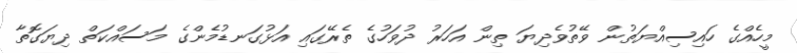
މީހެއްގެ ހައިސިއްޔަތުން ވޭތުވެދިޔަ ތިން އަހަރު ދުވަހުގެ ތެރޭގައި އަޅުގަނޑުމެންގެ މަސައްކަތް ދިޔަގޮތާ